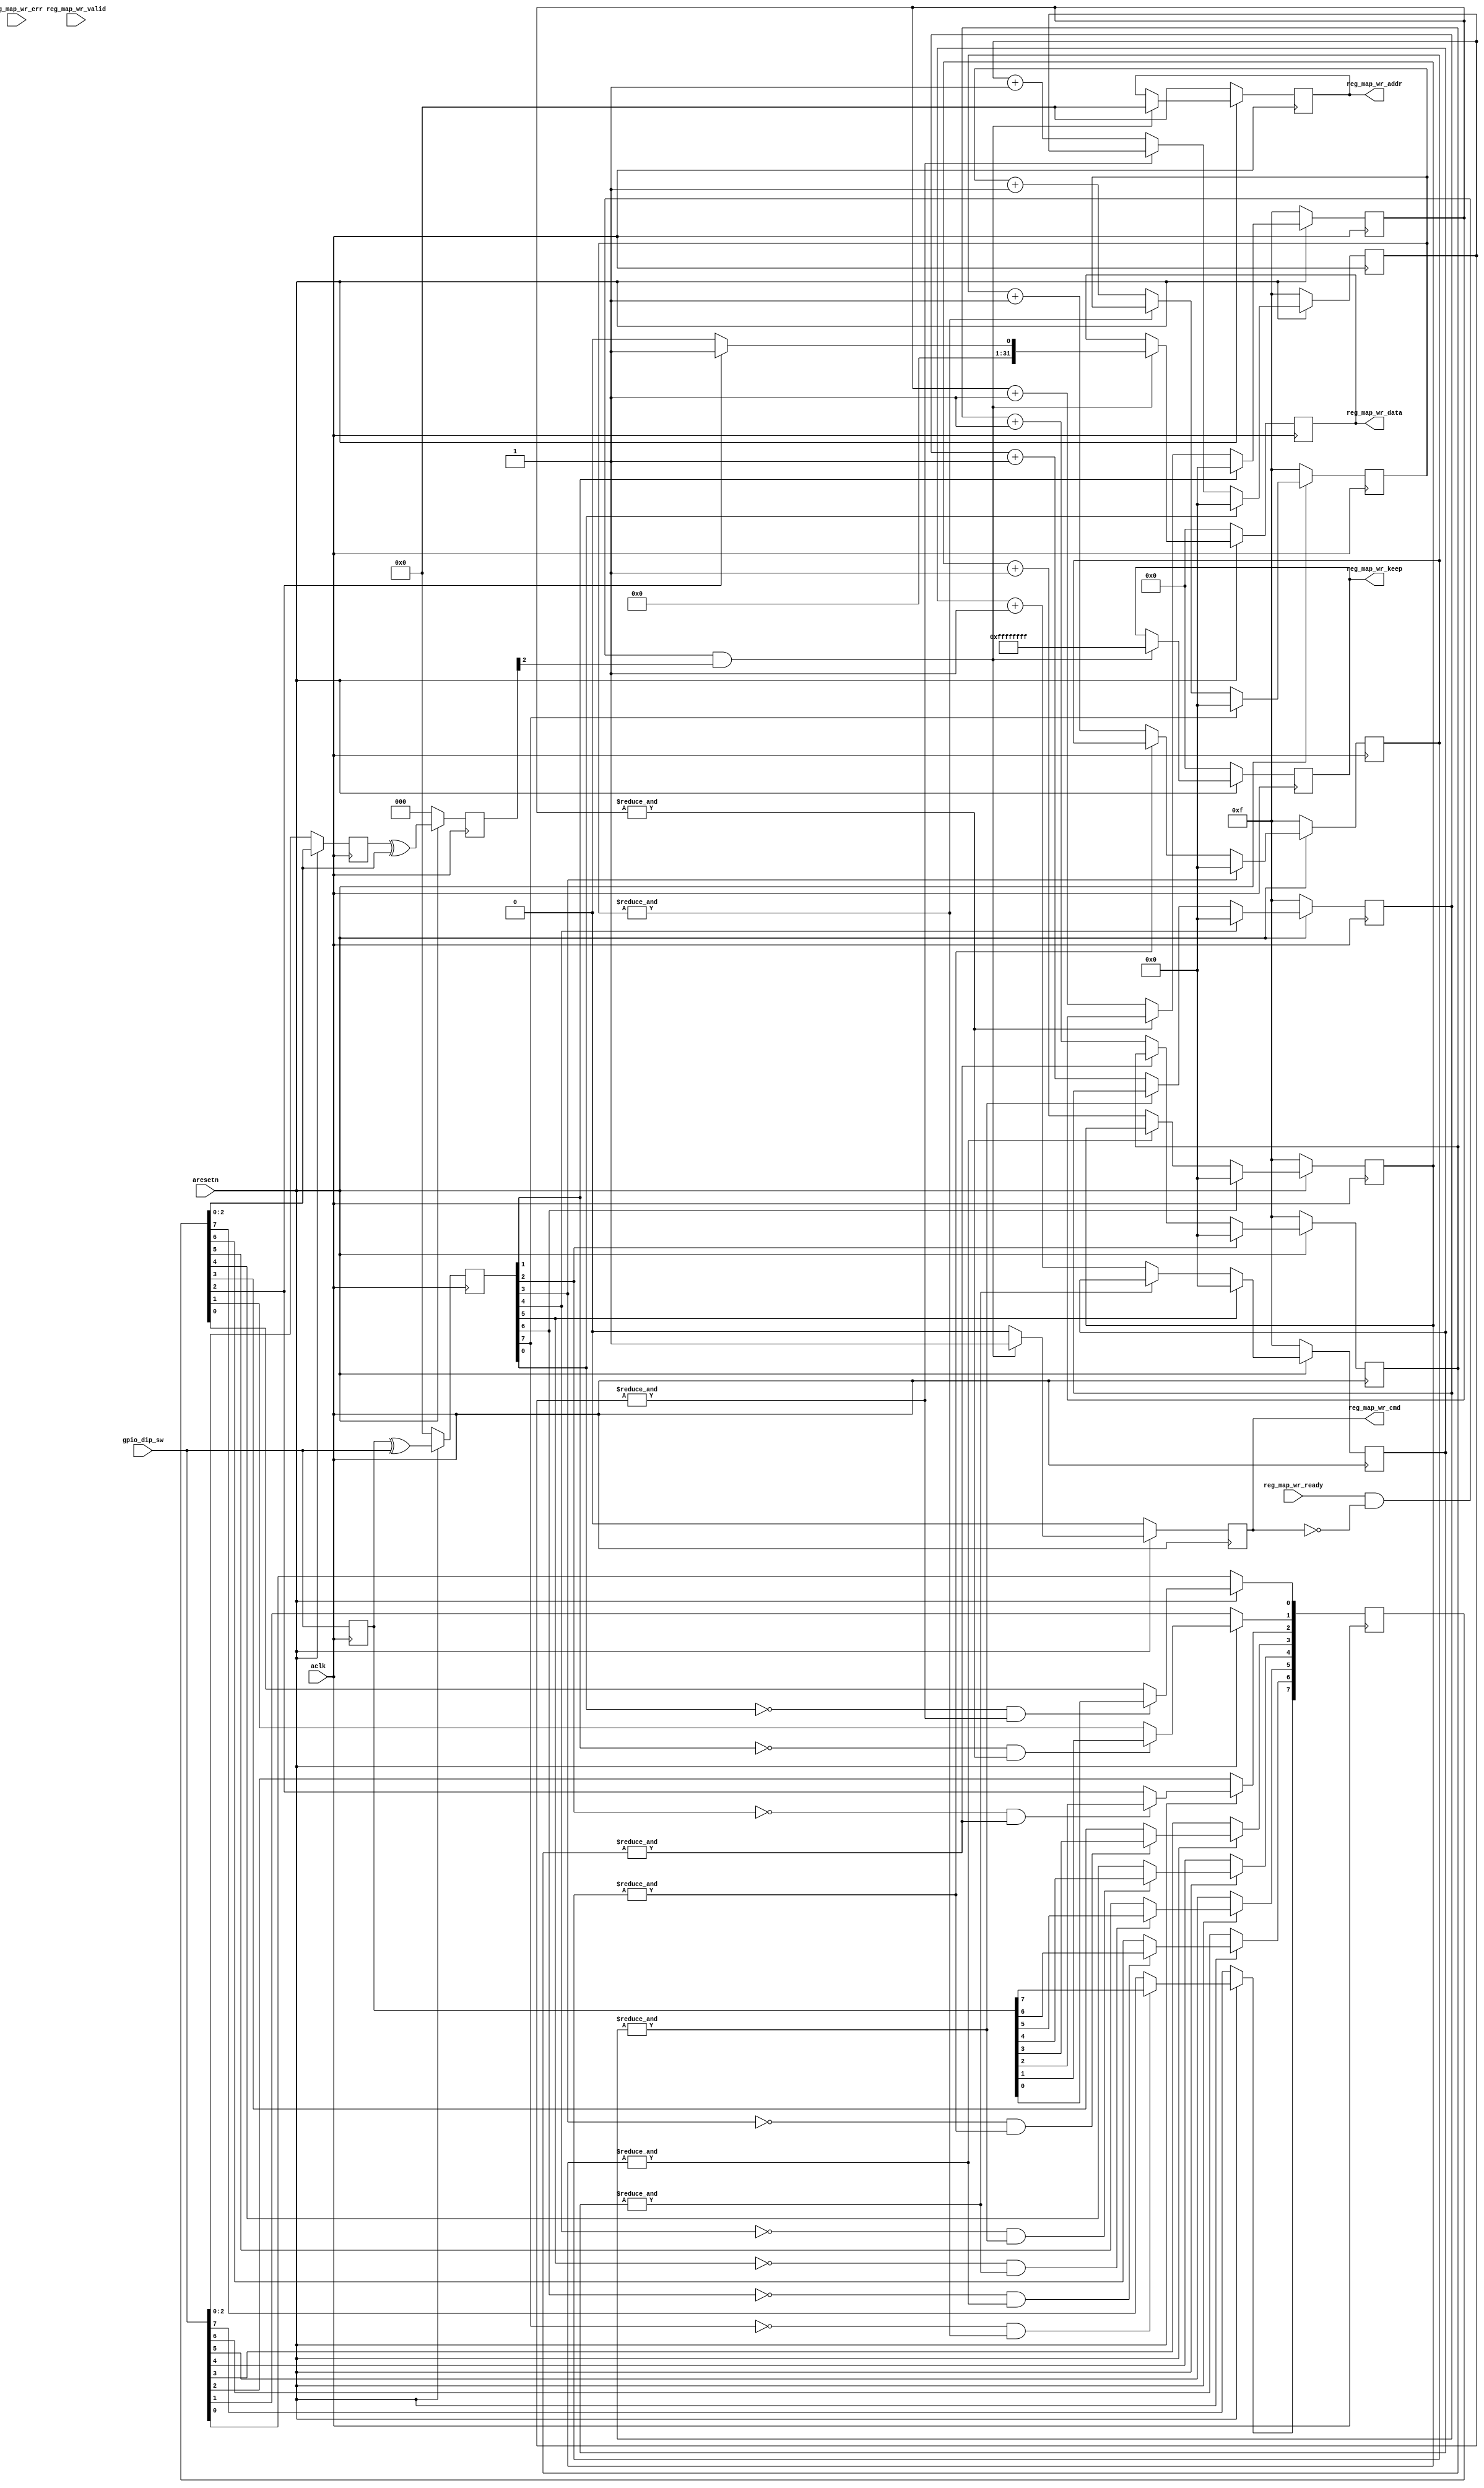

//////////////////////////////////////////////////////////////////////////////////
// Company: MiXIL
//
// Design Name:
// Module Name: reg_map_cmd_gen
// Project Name:
// Target Devices:
// Tool Versions:
// Description:
//
// Dependencies:
//
// Revision:
// Revision 0.01 - File Created
// Additional Comments:
//

`timescale 1 ps/1 ps


// -----------------------
// -- Module Definition --
// -----------------------

module reg_map_cmd_gen # (
parameter REG_ADDR_WIDTH                            = 8,
parameter CORE_DATA_WIDTH                           = 32,
parameter CORE_BE_WIDTH                             = CORE_DATA_WIDTH/8,
parameter DEBOUNCE_CTR_SIZE                         = 4,

parameter ADC_CLK_FREQ                              = 245.7
)
(

  input                               aclk,
  input                               aresetn,

  input [7:0]                gpio_dip_sw,

  output                     reg_map_wr_cmd,
  output [7:0]               reg_map_wr_addr,
  output [31:0]              reg_map_wr_data,
  output [31:0]              reg_map_wr_keep,
  input                      reg_map_wr_valid,
  input                      reg_map_wr_ready,
  input [1:0]                reg_map_wr_err

);


reg [7:0] gpio_dip_sw_r;
reg [7:0] gpio_dip_sw_rr;
reg [7:0] gpio_dip_sw_rrr;
reg [7:0] dip_sw_chng = 8'b0;
reg [7:0] dip_sw_chng_r = 8'b0;
reg [DEBOUNCE_CTR_SIZE-1:0]   dip_sw_debounce_ctr [7:0];

reg                  reg_map_wr_cmd_r;
reg                  reg_map_wr_cmd_rr;
reg [7:0]           reg_map_wr_addr_r;
reg [31:0]           reg_map_wr_data_r;
reg [31:0]           reg_map_wr_keep_r;

integer i;


always @(posedge aclk) begin
    gpio_dip_sw_r <= gpio_dip_sw;
end

always @(posedge aclk) begin
  if (~aresetn)
    dip_sw_chng <= 8'b0;
  else
    dip_sw_chng <= gpio_dip_sw_r ^ gpio_dip_sw;
end


// debounce switches
always @(posedge aclk) begin
  if (~aresetn)
    gpio_dip_sw_rr <= gpio_dip_sw;
  else begin
    for (i=0;i<8;i=i+1)begin
        if ((!dip_sw_chng[i])&(&dip_sw_debounce_ctr[i]))
             gpio_dip_sw_rr[i] <= gpio_dip_sw_r[i];
    end
  end
end

always @(posedge aclk) begin
  for (i=0;i<8;i=i+1)begin
    if (~aresetn)
        dip_sw_debounce_ctr[i] <= {DEBOUNCE_CTR_SIZE{1'b1}};
    else if (dip_sw_chng[i])
        dip_sw_debounce_ctr[i] <= 16'b0;
     else if (!(&dip_sw_debounce_ctr[i] ))
        dip_sw_debounce_ctr[i] <= dip_sw_debounce_ctr[i]+1'b1;
   end
end

always @(posedge aclk) begin
  if (~aresetn)
    dip_sw_chng_r <= 8'b0;
  else
    dip_sw_chng_r <= gpio_dip_sw_rrr ^ gpio_dip_sw_rr;
end

always @(posedge aclk) begin
  if (~aresetn)
    gpio_dip_sw_rrr <= gpio_dip_sw;
  else
    gpio_dip_sw_rrr <= gpio_dip_sw_rr;
end

// Only generate commands for switching speed from dip_sw [2]
always @(posedge  aclk) begin
   if (~aresetn) begin
       reg_map_wr_cmd_r <= 1'b0;
   end else begin
       if (reg_map_wr_ready & !reg_map_wr_cmd_r & dip_sw_chng_r[2]) begin
           reg_map_wr_cmd_r <= 1'b1;
      end else begin
           reg_map_wr_cmd_r <= 1'b0;
       end
   end
end

always @(posedge  aclk) begin
   if (~aresetn)
      reg_map_wr_cmd_rr <= 1'b0;
   else
       reg_map_wr_cmd_rr <= reg_map_wr_cmd_r;
end

always @(posedge  aclk) begin
  if (~aresetn) begin
      reg_map_wr_addr_r <= 8'b0;
      reg_map_wr_data_r <= 32'b0;
      reg_map_wr_keep_r <= 32'b0;
  end else begin
      // chirp mode changed
      if (reg_map_wr_ready & !reg_map_wr_cmd_r & dip_sw_chng_r[2]) begin
      // fast chirp
        reg_map_wr_addr_r <= 8'h00;
        reg_map_wr_keep_r <= 32'hffffffff;
        if (gpio_dip_sw_rr[2]) begin
          reg_map_wr_data_r <= 32'b1;    
      // slow chirp
        end else begin
          reg_map_wr_data_r <= 32'b0; 
        end
      end
  end
end

assign reg_map_wr_cmd = reg_map_wr_cmd_r;
assign reg_map_wr_addr = reg_map_wr_addr_r;
assign reg_map_wr_data = reg_map_wr_data_r;
assign reg_map_wr_keep = reg_map_wr_keep_r;


endmodule